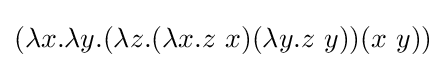
(\lambda x.\lambda y.(\lambda z.(\lambda x.z\ x)(\lambda y.z\ y))(x\ y))